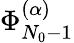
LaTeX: \Phi_{N_{0}-1}^{(\alpha)}